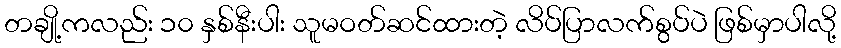
တချို့ကလည်း ၁၀ နှစ်နီးပါး သူမဝတ်ဆင်ထားတဲ့ လိပ်ပြာလက်စွပ်ပဲ ဖြစ်မှာပါလို့